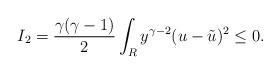
LaTeX: \begin{align*}I_2=\frac{\gamma(\gamma-1)}{2}\int_R y^{\gamma-2}(u-\tilde u)^2\leq 0.\end{align*}